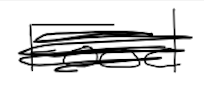
Text: Food
Cross-out: scratch
Writing tool: digital_black